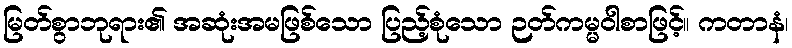
မြတ်စွာဘုရား၏ အဆုံးအမဖြစ်သော ပြည့်စုံသော ဉတ်ကမ္မဝါစာဖြင့်။ ကတာနံ၊